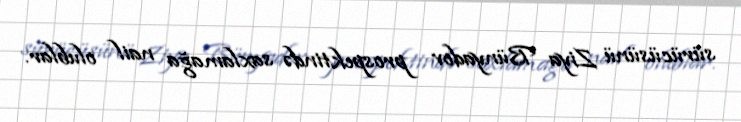
sürücüsünü Ziya Bünyadov prospektində saxlamağa nail olublar.